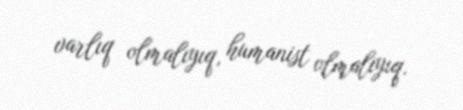
varlıq olmalıyıq, humanist olmalıyıq.